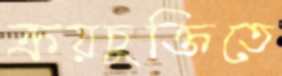
ক্রয়চুক্তিতে